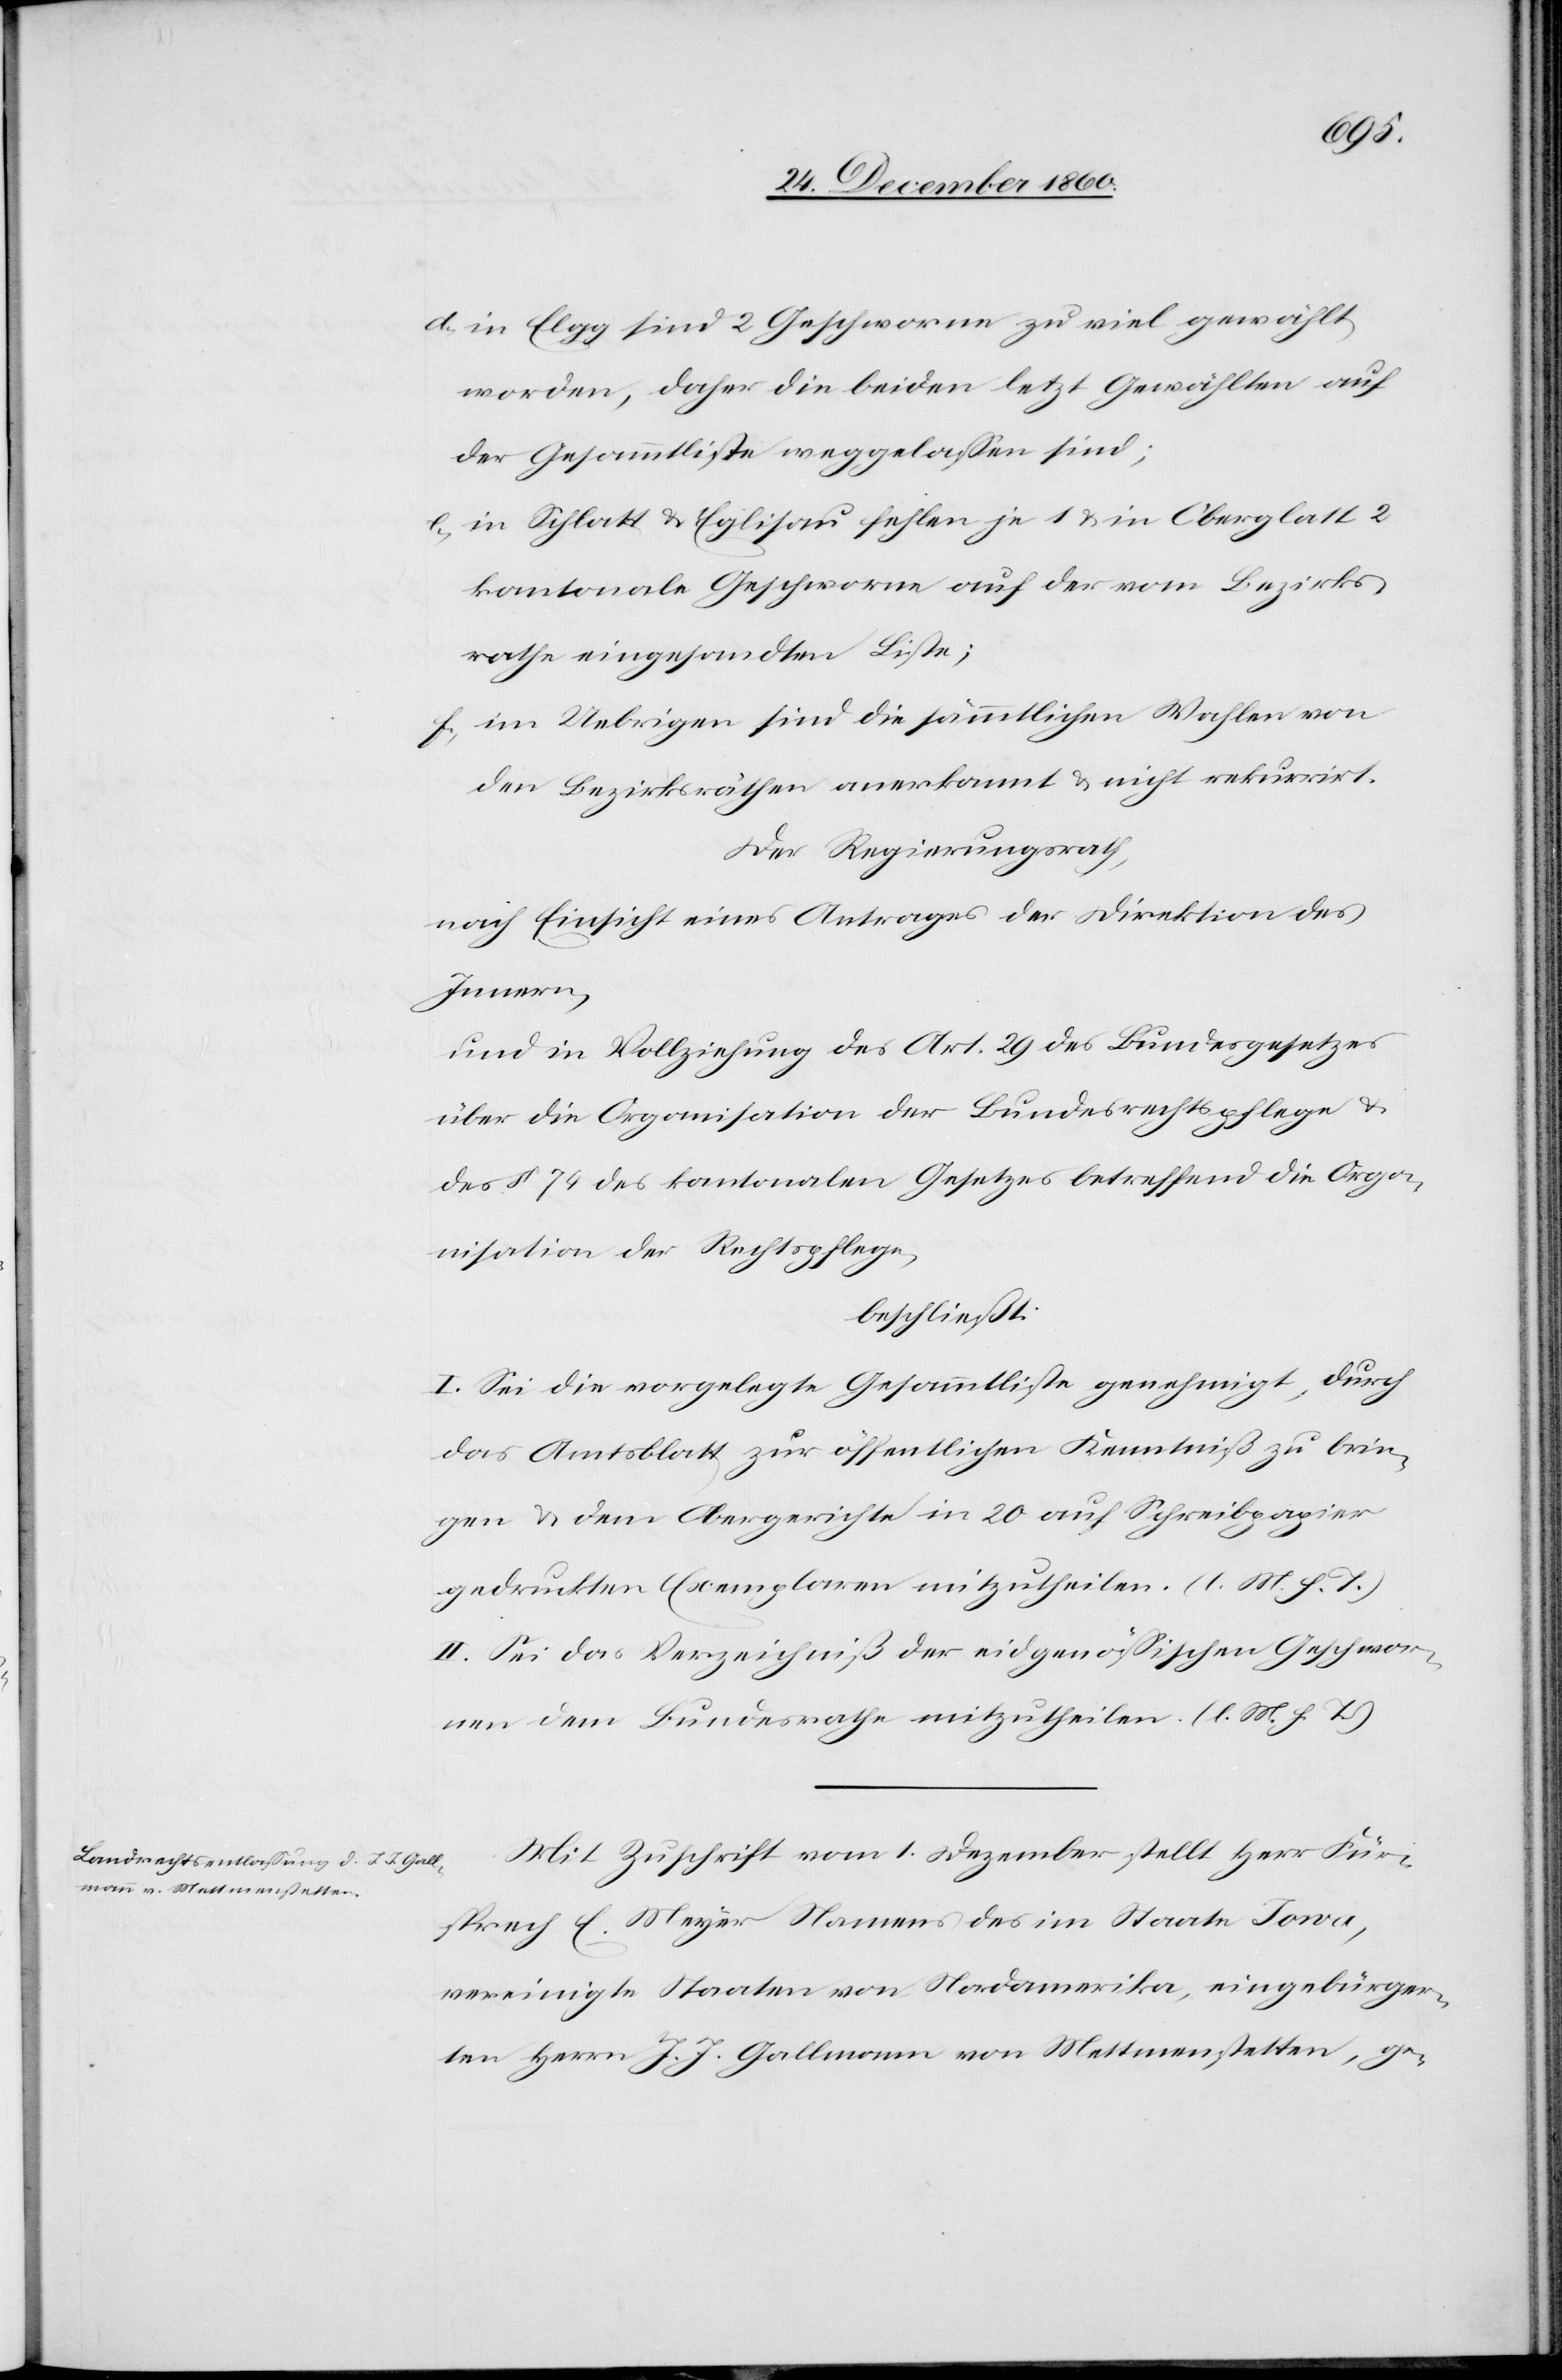
d) in Elgg sind 2 Geschworne zu viel gewählt
worden, daher die beiden letzt Gewählten auf
der Gesammtliste weggelassen sind;
e) in Schlatt u. Eglisau fehlen je 1 u. in Oberglatt 2
kantonale Geschworne auf der vom Bezirks¬
rathe eingesandten Liste;
f) im Uebrigen sind die sämmtlichen Wahlen von
den Bezirksräthen anerkannt u. nicht rekurrirt.
Der Regierungsrath,
nach Einsicht eines Antrages der Direktion des
Innern,
und die Vollziehung des Art. 29 des Bundesgesetzes
über die Organisation der Bundesrechtspflege u.
des § 74 des kantonalen Gesetzes betreffend die Orga¬
nisation der Rechtspflege,
beschließt:
I. Sei die vorgelegte Gesammtliste genehmigt, durch
das Amtsblatt zur öffentlichen Kenntniß zu brin¬
gen u. dem Obergerichte in 20 auf Schreibpapier
gedruckten Exemplaren mitzutheilen. (l. M. h. T.)
II. Sei das Verzeichniß der eidgenössischen Geschwor¬
nen dem Bundesrathe mitzutheilen. (l. M. h. T.)
Mit Zuschrift vom 1. Dezember stellt Herr Für¬
sprech E. Meyer Namens des im Staate Iowa,
vereinigte Staaten von Nordamerika, eingebürger¬
ten Herrn J. J. Gallmann von Mettmenstetten, ge-